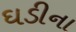
ઘડીના